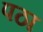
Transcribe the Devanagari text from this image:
पठा